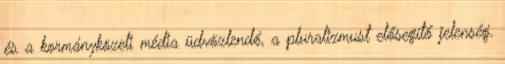
és a kormányközeli média üdvözlendő, a pluralizmust elősegítő jelenség.